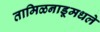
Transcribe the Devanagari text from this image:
तामिळनाडूमधले